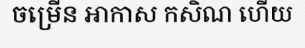
ចម្រើន ឤកាស កសិណ ហើយ